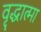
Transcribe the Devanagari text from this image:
वृद्धात्मा